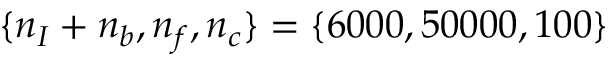
\{ n _ { I } + n _ { b } , n _ { f } , n _ { c } \} = \{ 6 0 0 0 , 5 0 0 0 0 , 1 0 0 \}